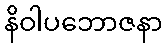
နိဝါပဘောဇနာ